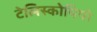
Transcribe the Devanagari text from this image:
टेलिस्कोपियो